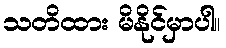
သတိထား မိနိုင်မှာပါ။